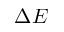
\Delta E